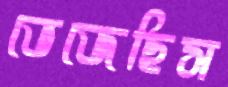
ভেজেছিস